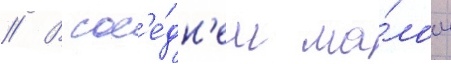
// В сос'е́дн'ем ма́лом